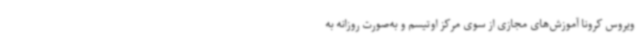
ویروس کرونا آموزش‌های مجازی از سوی مرکز اوتیسم و به‌صورت روزانه به